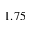
1 . 7 5